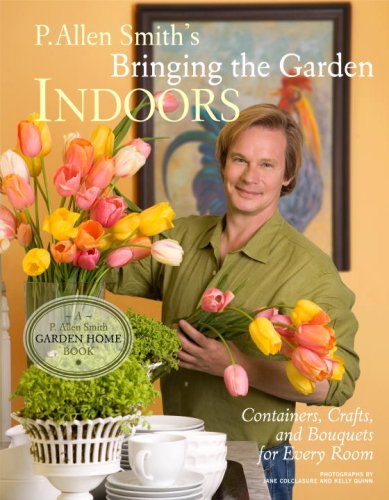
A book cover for P. Allen Smith's Bringing the Garden Indoors: Containers, Crafts, and Bouquets for Every Room; P. Allen Smith; Crafts, Hobbies & Home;